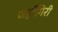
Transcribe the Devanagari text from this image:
जहाँगिरी